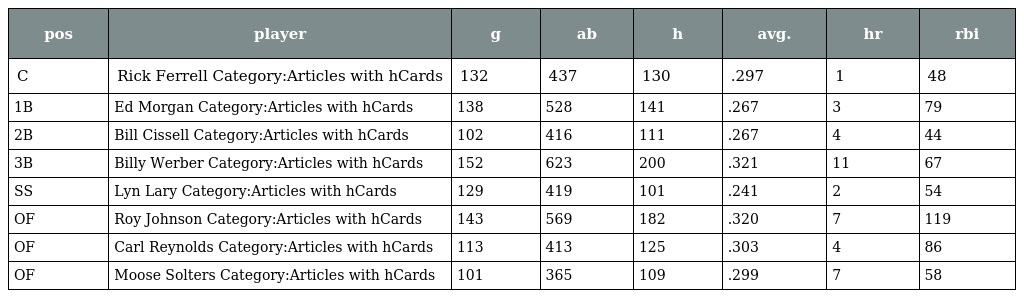
| pos | player | g | ab | h | avg. | hr | rbi |
 | --- | --- | --- | --- | --- | --- | --- | --- |
 | C | Rick Ferrell Category:Articles with hCards | 132 | 437 | 130 | .297 | 1 | 48 |
 | 1B | Ed Morgan Category:Articles with hCards | 138 | 528 | 141 | .267 | 3 | 79 |
 | 2B | Bill Cissell Category:Articles with hCards | 102 | 416 | 111 | .267 | 4 | 44 |
 | 3B | Billy Werber Category:Articles with hCards | 152 | 623 | 200 | .321 | 11 | 67 |
 | SS | Lyn Lary Category:Articles with hCards | 129 | 419 | 101 | .241 | 2 | 54 |
 | OF | Roy Johnson Category:Articles with hCards | 143 | 569 | 182 | .320 | 7 | 119 |
 | OF | Carl Reynolds Category:Articles with hCards | 113 | 413 | 125 | .303 | 4 | 86 |
 | OF | Moose Solters Category:Articles with hCards | 101 | 365 | 109 | .299 | 7 | 58 |